画像に写った文字を読んでください
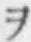
「ヲ」と書いてあります